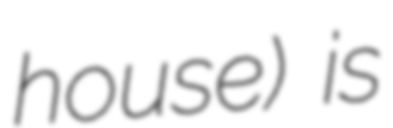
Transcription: house) is